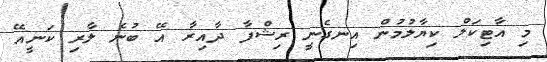
މި އާޓިކަލް ކިޔާލުމުން އިނގެނީ ރިޝްފާ ދާއިރާ އޭ ބުނެ ލާރި ކަނީއޭ